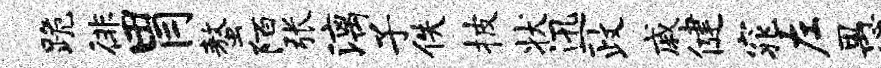
跪徘胃螯陌张漓子佚披状迅政戚健窕左愚